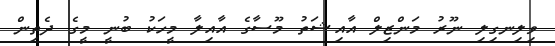
ވިލިނގިލި ނޫރު މަންޒިލް އާއިޝަތު މޫސާގެ އާއިލާ މީހަކު ބުނީ މީގެ ދެތިން